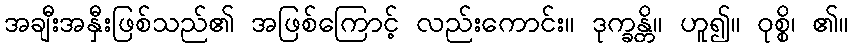
အချီးအနှီးဖြစ်သည်၏ အဖြစ်ကြောင့် လည်းကောင်း။ ဒုက္ခန္တိ။ ဟူ၍။ ဝုစ္စိ၊ ၏။